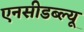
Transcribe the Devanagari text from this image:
एनसीडब्ल्यू